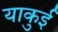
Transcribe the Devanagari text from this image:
याकुई